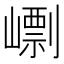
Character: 㠒